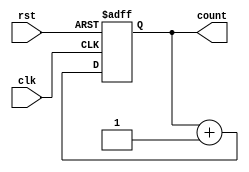
module async_reset_sync_counter #(
    parameter N = 4  // Number of bits in the counter, default is 4
) (
    input wire clk,          // Clock input
    input wire rst,          // Asynchronous reset
    output reg [N-1:0] count // N-bit counter output
);

    // Asynchronous reset logic
    always @(posedge clk or posedge rst) begin
        if (rst) begin
            count <= 0; // Reset the counter to 0
        end else begin
            count <= count + 1; // Increment the counter
        end
    end

endmodule